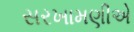
સરખામણીએ